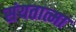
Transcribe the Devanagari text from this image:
संयतात्मा